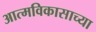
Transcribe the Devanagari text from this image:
आत्मविकासाच्या